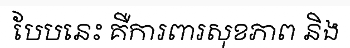
បែបនេះ គឺការពារសុខភាព និង